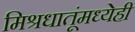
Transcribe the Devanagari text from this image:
मिश्रधातूंमध्येही